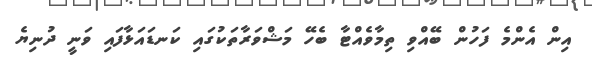
އިން އެންމެ ފަހުން ބޭއްވި ތިމާވެއްޓާ ބެހޭ މަޝްވަރާތަކުގައި ކަނޑައަޅާފައި ވަނީ ދުނިޔެ